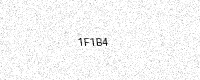
Text: 1F1B4